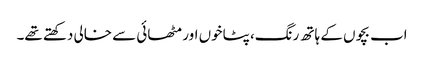
اب بچوں کے ہاتھ رنگ، پٹاخوں اور مٹھائی سے خالی دکھتے تھے۔